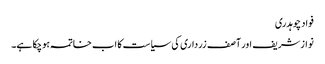
فواد چوہدری
نوازشریف اور آصف زرداری کی سیاست کا اب خاتمہ ہوچکا ہے۔